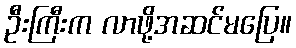
ဦးကြီးက လာဖို့အဆင်မပြေ။